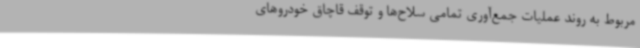
مربوط به روند عملیات جمع‌آوری تمامی سلاح‌ها و توقف قاچاق خودروهای